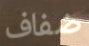
ضفاف